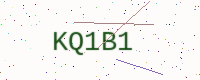
Text: KQ1B1